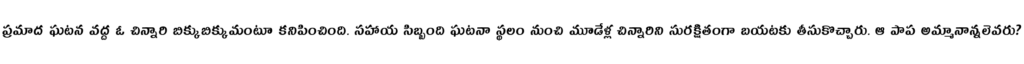
ప్రమాద ఘటన వద్ద ఓ చిన్నారి బిక్కుబిక్కుమంటూ కనిపించింది. సహాయ సిబ్బంది ఘటనా స్థలం నుంచి మూడేళ్ల చిన్నారిని సురక్షితంగా బయటకు తీసుకొచ్చారు. ఆ పాప అమ్మానాన్నలెవరు?